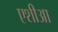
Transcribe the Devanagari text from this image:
एशीआ